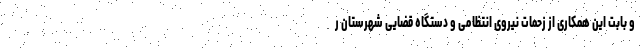
و بابت این همکاری از زحمات نیروی انتظامی و دستگاه قضایی شهرستان ر